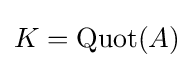
K={\text{Quot}}(A)